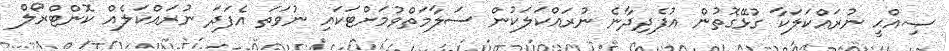
ޞިއްޙީ ނުރައްކަލަކާ ގުޅޭގޮތުން އުފެދިދާނެ ނުރައްކަލަކުން ސަލާމަތްވުމަށްޓަކައި ނުވަތަ އެފަދަ ނުރައްކަލެއް ކޮންޓްރޯލް